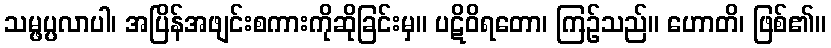
သမ္ဖပ္ပလာပါ၊ အပြိန်အဖျင်းစကားကိုဆိုခြင်းမှ။ ပဋိဝိရတော၊ ကြဉ်သည်။ ဟောတိ၊ ဖြစ်၏။